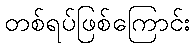
တစ်ရပ်ဖြစ်ကြောင်း